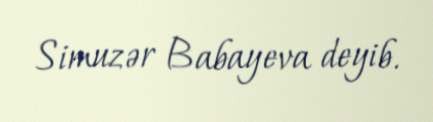
Simuzər Babayeva deyib.